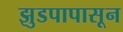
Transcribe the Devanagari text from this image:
झुडपापासून